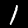
Label: 1